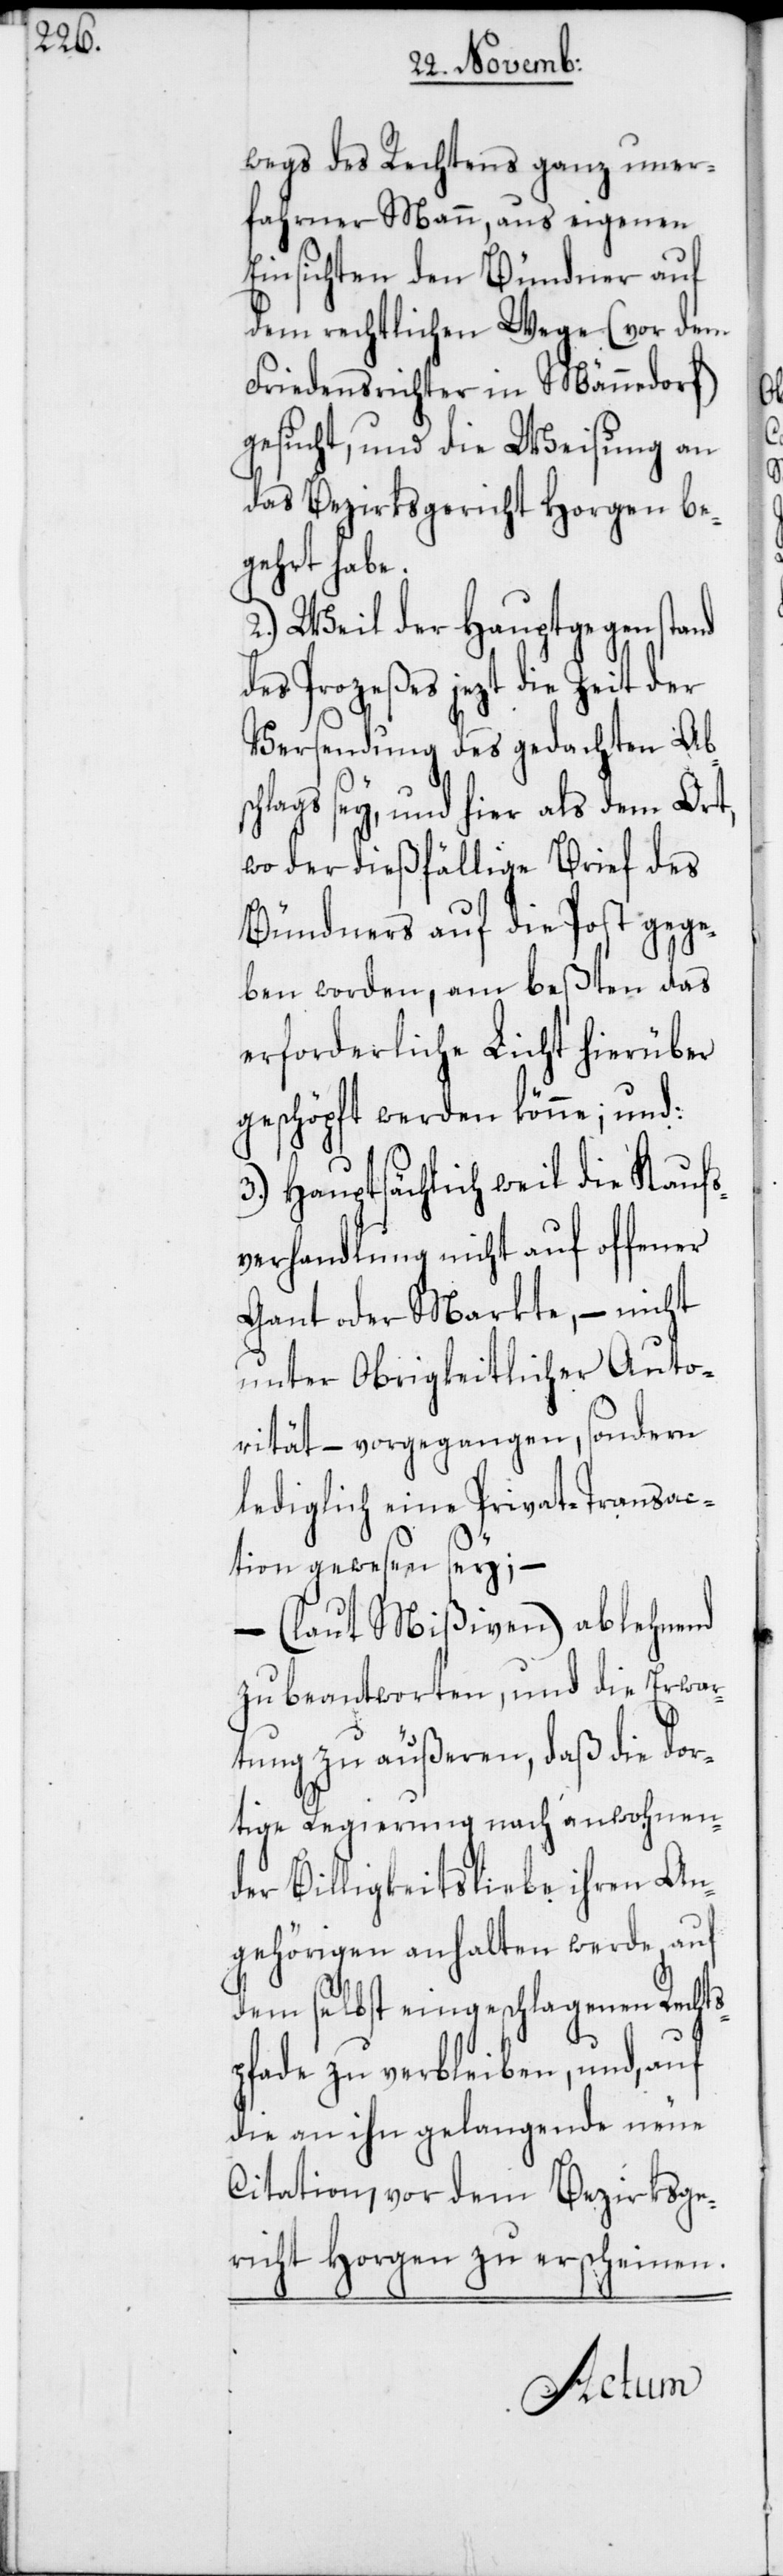
wegs des Rechtens ganz uner¬
fahrner Mann, aus eigenen
Einsichten den Bündner auf
dem rechtlichen Wege (vor dem
Friedensrichter in Männedorf)
gesucht, und die Weisung an
das Bezirksgericht Horgen be¬
gehrt habe.
2.) Weil der Hauptgegenstand
Prozeßes jezt die Zeit der
Versendung des gedachten Abs¬
chlags sey, und hier als dem Ort,
wo der dießfällige Brief des
Bündners auf die Post gege¬
ben worden, am beßten das
erforderliche Licht hierüber
geschöpft werden könne: und:
3.) Hauptsächlich weil die Kaufs¬
verhandlung nicht auf offener
Gant oder Markte, – nicht
unter Obrigkeitlicher Auto¬
rität – vorgegangen, sondern
lediglich eine Privat-Transac¬
tion gewesen sey; –
– (laut Mißiven) ablehnend
zu beantworten, und die Erwar¬
tung zu äußeren, daß die dor¬
tige Regierung nach anwohnen¬
der Billigkeitsliebe ihren An¬
gehörigen anhalten werde, auf
dem selbst eingeschlagenen Rechts¬
pfade zu verbleiben, und, auf
die an ihn gelangende neue
Citation, vor dem Bezirksge¬
richt Horgen zu erscheinen.